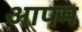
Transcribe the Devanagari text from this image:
आपम